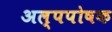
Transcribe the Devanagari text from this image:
अल्पपोषक